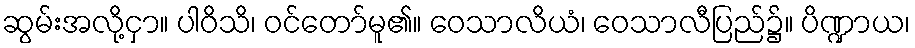
ဆွမ်းအလို့ငှာ။ ပါဝိသိ၊ ဝင်တော်မူ၏။ ဝေသာလိယံ၊ ဝေသာလီပြည်၌။ ပိဏ္ဍာယ၊